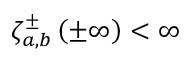
\zeta _ { a , b } ^ { \pm } \left( \pm \infty \right) < \infty